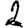
Digit: 2